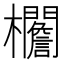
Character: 𣡞